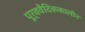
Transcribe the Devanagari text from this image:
पूर्ववैदिककालीन